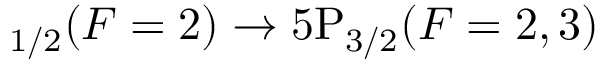
_ { 1 / 2 } ( F = 2 ) \rightarrow 5 \mathrm { P } _ { 3 / 2 } ( F = 2 , 3 )